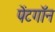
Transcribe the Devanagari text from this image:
पेंटगॉन